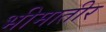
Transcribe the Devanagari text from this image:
भीमातीर